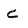
Character: c